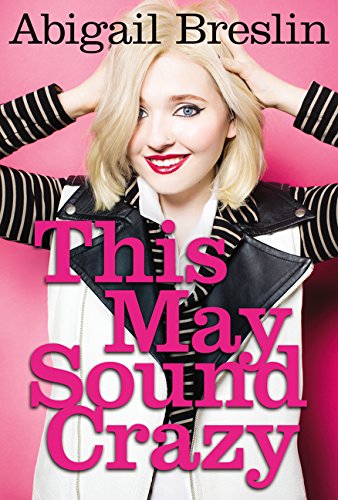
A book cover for This May Sound Crazy; Abigail Breslin; Teen & Young Adult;